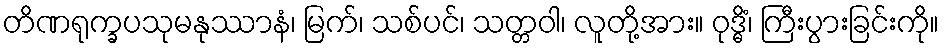
တိဏရုက္ခပသုမနုဿာနံ၊ မြက်၊ သစ်ပင်၊ သတ္တဝါ၊ လူတို့အား။ ဝုဒ္ဓိံ၊ ကြီးပွားခြင်းကို။